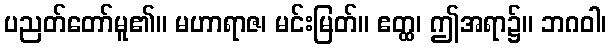
ပညတ်တော်မူ၏။ မဟာရာဇ၊ မင်းမြတ်။ ဧတ္ထ၊ ဤအရာ၌။ ဘဂဝါ၊